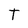
Character: T